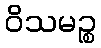
ဝိသမဉ္စ